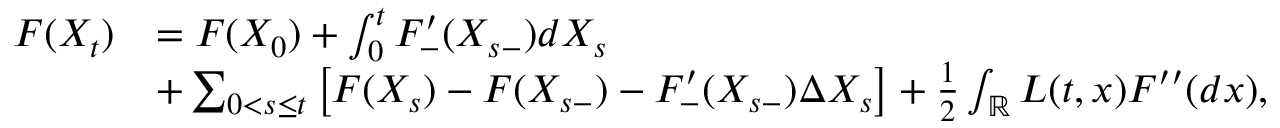
\begin{array} { r l } { F ( X _ { t } ) } & { = F ( X _ { 0 } ) + \int _ { 0 } ^ { t } F _ { - } ^ { \prime } ( X _ { s - } ) d X _ { s } } \\ & { + \sum _ { 0 < s \leq t } \left[ F ( X _ { s } ) - F ( X _ { s - } ) - F _ { - } ^ { \prime } ( X _ { s - } ) \Delta X _ { s } \right] + \frac { 1 } { 2 } \int _ { { \mathbb R } } L ( t , x ) F ^ { \prime \prime } ( d x ) , } \end{array}